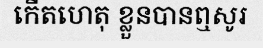
កើតហេតុ ខ្លួនបានឮសូរ